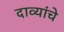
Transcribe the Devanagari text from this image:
दाव्यांचे